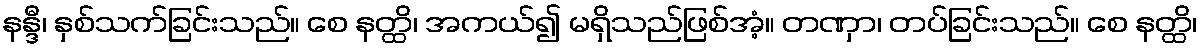
နန္ဒီ၊ နှစ်သက်ခြင်းသည်။ စေ နတ္ထိ၊ အကယ်၍ မရှိသည်ဖြစ်အံ့။ တဏှာ၊ တပ်ခြင်းသည်။ စေ နတ္ထိ၊